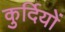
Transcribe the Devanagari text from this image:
कुर्दियों